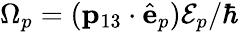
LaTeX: \Omega_{p}=(\mathbf{p}_{13}\cdot{\hat{\mathbf{e}}}_{p}){\cal E}_{p}/\hbar